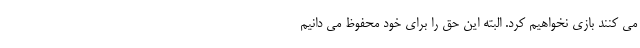
می کنند بازی نخواهیم کرد. البته این حق را برای خود محفوظ می دانیم